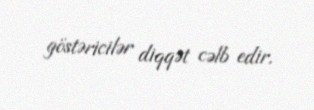
göstəricilər diqqət cəlb edir.